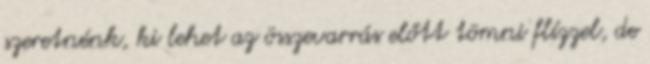
szeretnénk, ki lehet az összevarrás előtt tömni flízzel, de